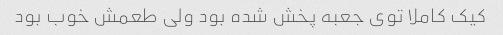
کیک کاملا توی جعبه پخش شده بود ولی طعمش خوب بود